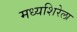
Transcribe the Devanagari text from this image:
मध्यशिरेला